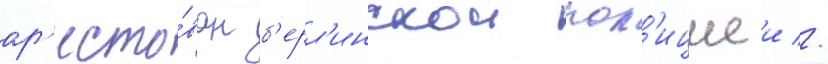
ар'есто́ван б'ерл'инскои пол'ициеи //